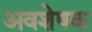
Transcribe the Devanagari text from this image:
अवशेषक